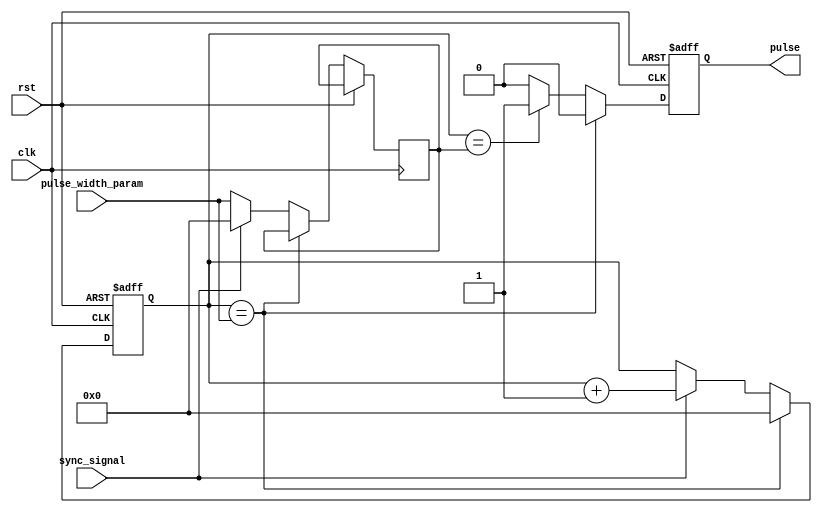
module VariablePulseWidthGenerator(
    input wire clk,
    input wire rst,
    input wire sync_signal,
    input wire [7:0] pulse_width_param,
    output reg pulse
);

reg [7:0] counter;
reg [7:0] compare_val = 0;

always @(posedge clk or posedge rst) begin
    if(rst) begin
        counter <= 0;
        pulse <= 0;
    end else begin
        if(counter == pulse_width_param) begin
            pulse <= 0;
            counter <= 0;
        end else begin
            if(sync_signal) begin
                compare_val <= 0;
                counter <= counter + 1;
            end else begin
                compare_val <= pulse_width_param;
            end
            if(counter == compare_val) begin
                pulse <= 1;
            end else begin
                pulse <= 0;
            end
        end
    end
end

endmodule